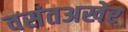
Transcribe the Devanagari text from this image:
वसंतअखेर